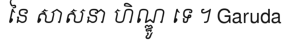
នៃ សាសនា ហិណ្ឌូ ទេ ។ Garuda